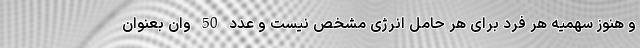
و هنوز سهمیه هر فرد برای هر حامل انرژی مشخص نیست و عدد 50 وان بعنوان